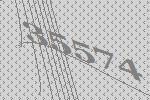
35574